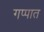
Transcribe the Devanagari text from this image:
गप्पात